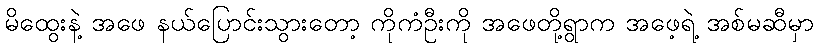
မိထွေးနဲ့ အဖေ နယ်ပြောင်းသွားတော့ ကိုကံဦးကို အဖေတို့ရွာက အဖေ့ရဲ့ အစ်မဆီမှာ